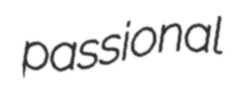
passional